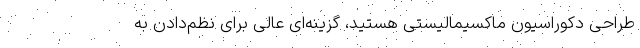
طراحی دکوراسیون ماکسیمالیستی هستید، گزینه‌ای عالی برای نظم‌دادن به